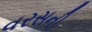
વરસની